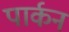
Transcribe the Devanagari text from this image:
पार्कन